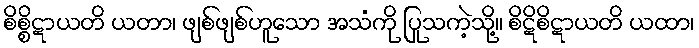
စိစ္စိဋာယတိ ယတာ၊ ဖျစ်ဖျစ်ဟူသော အသံကို ပြုသကဲ့သို့။ စိဋိစိဋာယတိ ယထာ၊